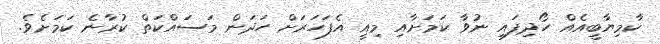
ކާމިޔާބީއެއް ހޯދިފައި ނުވާ ކަމަށާއި މިއީ އެފަހަރަށް ހަދަން މަސައްކަތް ކުރާނެ ކަމަށެވެ.